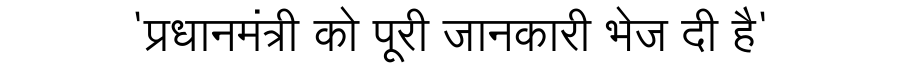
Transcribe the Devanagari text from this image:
'प्रधानमंत्री को पूरी जानकारी भेज दी है'